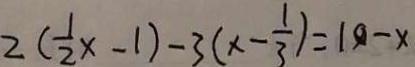
2 ( \frac { 1 } { 2 } x - 1 ) - 3 ( x - \frac { 1 } { 3 } ) = 1 0 - x